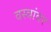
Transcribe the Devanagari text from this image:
वस्त्रांवर